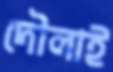
দৌলাই